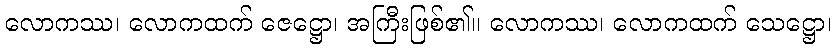
လောကဿ၊ လောကထက် ဇေဋ္ဌော၊ အကြီးဖြစ်၏။ လောကဿ၊ လောကထက် သေဋ္ဌော၊